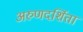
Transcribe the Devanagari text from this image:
अरुणदर्शिता